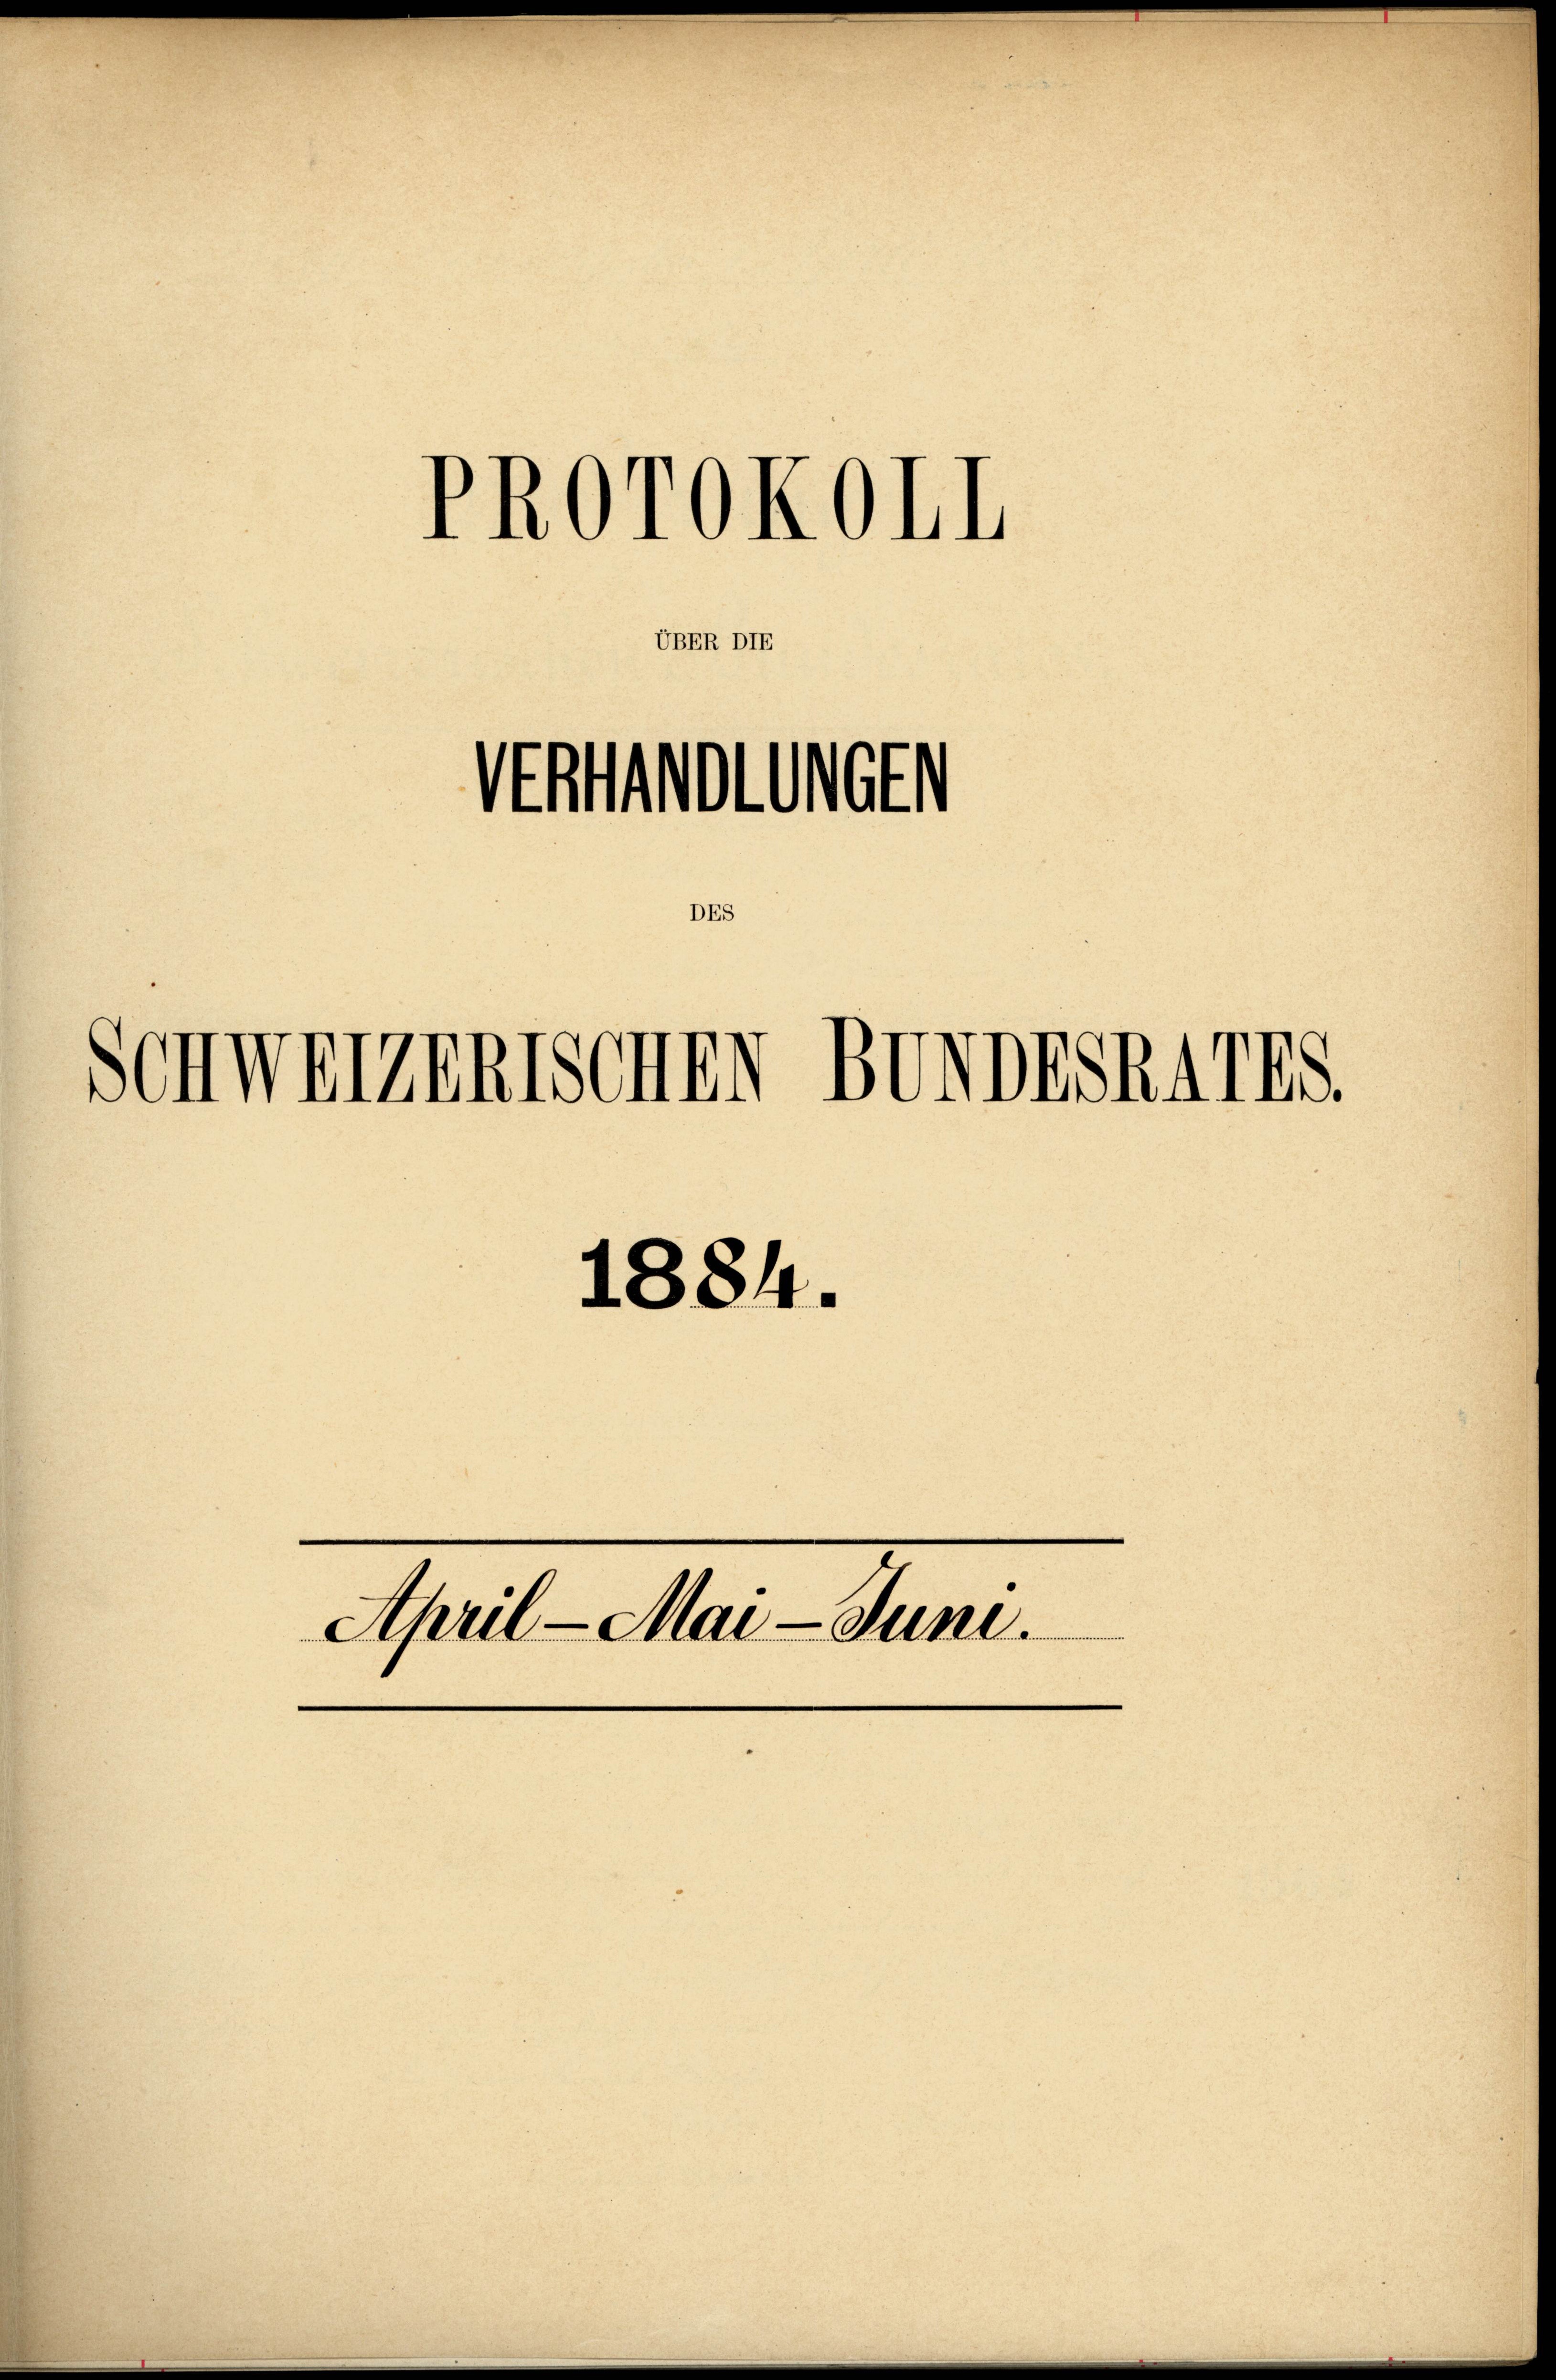
PROrOKOLL

UBER DIE

Stollen
DES

Schweigentschn BVVDESRATES.

1884.
April - Mai-Juni.